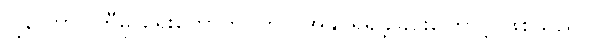
ဂျနာတာပါတီမှ ရွေးကောက်ပွဲတွင် အနိုင်ရရှိခဲ့ခြင်းကြောင့် ဖြစ်သည်။